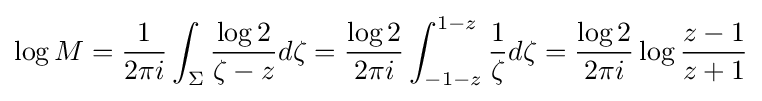
\log M={\frac {1}{2\pi i}}\int _{\Sigma }{\frac {\log {2}}{\zeta -z}}d\zeta ={\frac {\log 2}{2\pi i}}\int _{-1-z}^{1-z}{\frac {1}{\zeta }}d\zeta ={\frac {\log 2}{2\pi i}}\log {\frac {z-1}{z+1}}